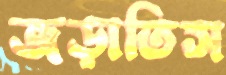
জড়াতিস